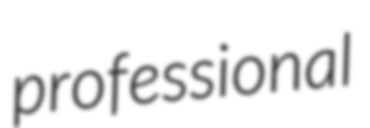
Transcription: professional